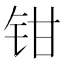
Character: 钳